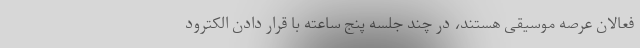
فعالان عرصه موسیقی هستند، در چند جلسه پنج ساعته با قرار دادن الکترود